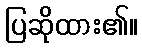
ပြဆိုထား၏။